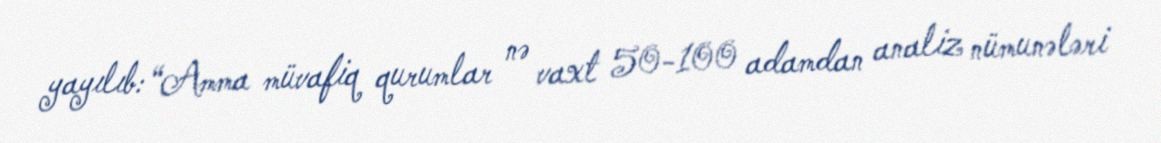
yayılıb: “Amma müvafiq qurumlar nə vaxt 50-100 adamdan analiz nümunələri